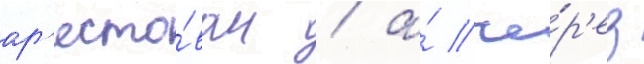
ар'есто́ван / а́ че́р'ез